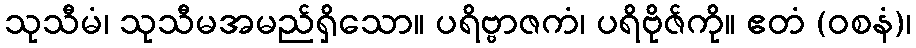
သုသီမံ၊ သုသီမအမည်ရှိသော။ ပရိဗ္ဗာဇကံ၊ ပရိဗိုဇ်ကို။ ဧတံ (ဝစနံ)၊